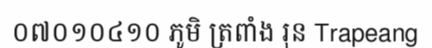
០៧០១០៤១០ ភូមិ ត្រពាំង រុន Trapeang